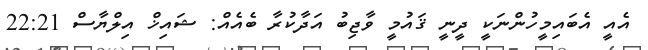
އެއީ އެބައިމީހުންނަކީ ދީނީ ޤައުމީ ވާޖިބު އަދާކުރާ ބެއެއް: ޝައިޚް އިލްޔާސް 22:21